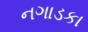
નગાડકા